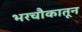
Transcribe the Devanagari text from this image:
भरचौकातून